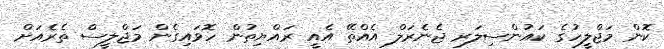
ކޮން މަޖްލީހުގެ ކައުންސިލަރ ޖެނެރަލް އެއްތޭ އެއީ ރައްޔިތުން ހޮވައިގެން މަޖްލީސް ތެރެއަށް